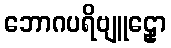
ဘောဂပရိဗျူဠှော